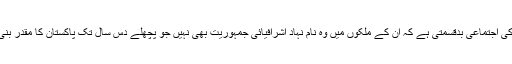
یہ عربوں کی اجتماعی بدقسمتی ہے کہ ان کے ملکوں میں وہ نام نہاد اشرافیائی جمہوریت بھی نہیں جو پچھلے دس سال تک پاکستان کا مقدر بنی رہی تھی۔